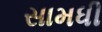
સામધી